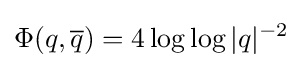
\Phi (q,{\overline {q}})=4\log \log |q|^{-2}